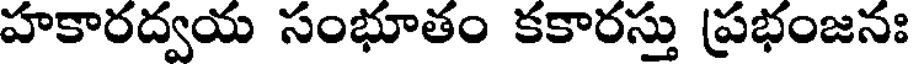
హకారద్వయ సంభూతం కకారస్తు ప్రభంజనః